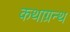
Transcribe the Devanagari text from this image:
कथाग्रन्थ